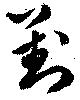
對